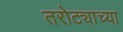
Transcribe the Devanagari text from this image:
तरोट्याच्या